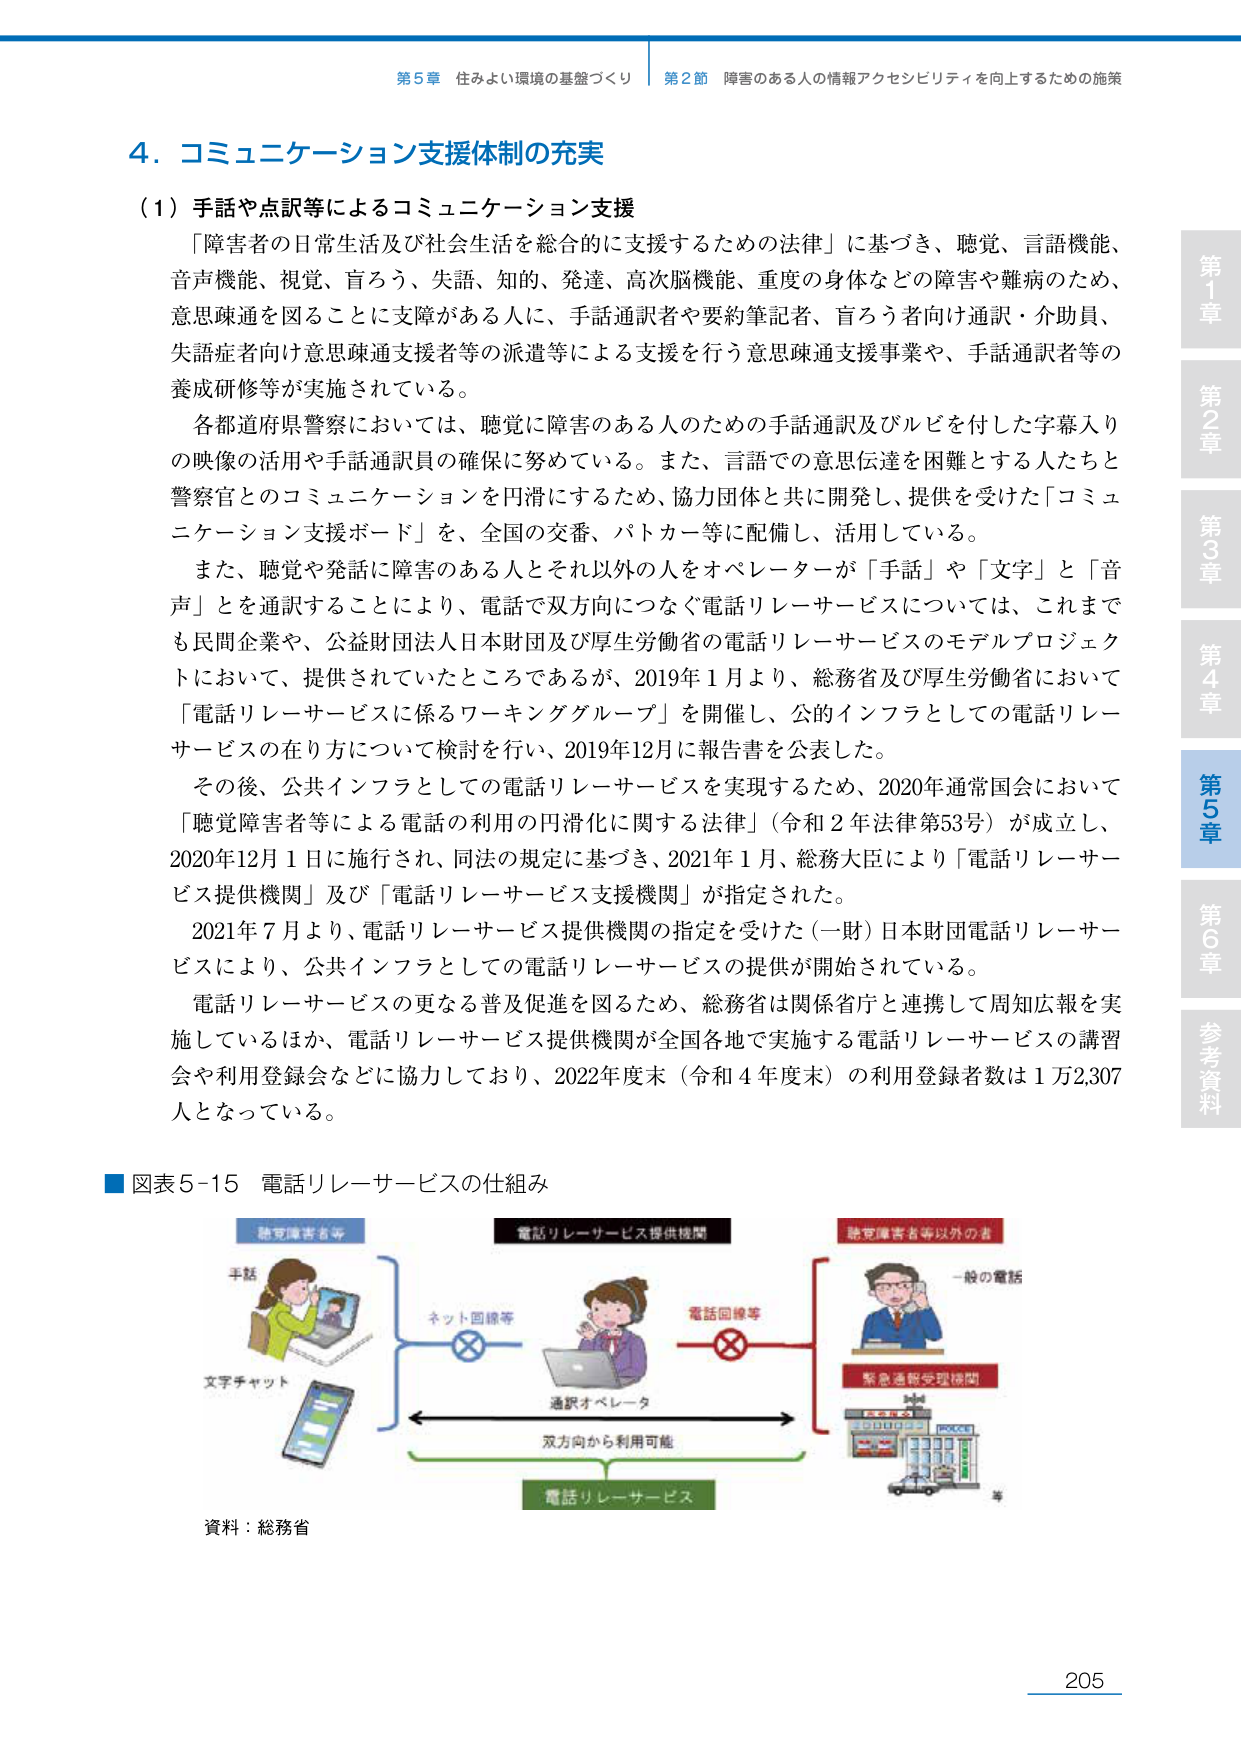
第5章 住みよい環境の基盤づくり 第2節 障害のある人の情報アクセシビリティを向上するための施策

4. コミュニケーション支援体制の充実

（1）手話や点訳等によるコミュニケーション支援

「障害者の日常生活及び社会生活を総合的に支援するための法律」に基づき、聴覚、言語機能、音声機能、視覚、盲ろう、失語、知的、発達、高次脳機能、重度の身体などの障害や難病のため、意思疎通を図ることに支障がある人に、手話通訳者や要約筆記者、盲ろう者向け通訳・介助員、失語症者向け意思疎通支援者等の派遣等による支援を行う意思疎通支援事業や、手話通訳者等の養成研修等が実施されている。

各都道府県警察においては、聴覚に障害のある人のための手話通訳及びルビを付した字幕入りの映像の活用や手話通訳員の確保に努めている。また、言語での意思伝達を困難とする人たちと警察官とのコミュニケーションを円滑にするため、協力団体と共に開発し、提供を受けた「コミュニケーション支援ボード」を、全国の交番、パトカー等に配備し、活用している。

また、聴覚や発話に障害のある人とそれ以外の人をオペレーターが「手話」や「文字」と「音声」をを通訳することにより、電話で双方向につなぐ電話リレーサービスについては、これまでも民間企業や、公益財団法人日本財団及び厚生労働省の電話リレーサービスのモデルプロジェクトにおいて、提供されていたところであるが、2019年1月より、総務省及び厚生労働省において「電話リレーサービスに係るワーキンググループ」を開催し、公的インフラとしての電話リレーサービスの在り方について検討を行い、2019年12月に報告書を公表した。

その後、公共インフラとしての電話リレーサービスを実現するため、2020年通常国会において「聴覚障害者等による電話の利用の円滑化に関する法律」（令和2年法律第53号）が成立し、2020年12月1日に施行され、同法の規定に基づき、2021年1月、総務大臣により「電話リレーサービス提供機関」及び「電話リレーサービス支援機関」が指定された。

2021年7月より、電話リレーサービス提供機関の指定を受けた（一財）日本財団電話リレーサービスにより、公共インフラとしての電話リレーサービスの提供が開始されている。

電話リレーサービスの更なる普及促進を図るため、総務省は関係省庁と連携して周知広報を実施しているほか、電話リレーサービス提供機関が全国各地で実施する電話リレーサービスの講習会や利用登録会などに協力しており、2022年度末（令和4年度末）の利用登録者数は1万2,307人となっている。

■図表5-15 電話リレーサービスの仕組み

聴覚障害者等
手話
文字チャット

電話リレーサービス提供機関
ネット回線等
通訳オペレータ
電話回線等
双方向から利用可能
電話リレーサービス

聴覚障害者等以外の者
一般の電話
緊急通報受理機関
POLICE

資料：総務省

第1章
第2章
第3章
第4章
第5章
第6章
参考資料

205